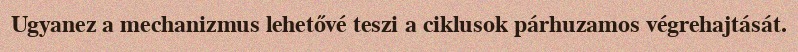
Ugyanez a mechanizmus lehetővé teszi a ciklusok párhuzamos végrehajtását.